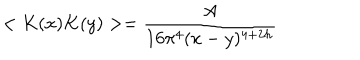
< K ( x ) K ( y ) > = \frac { A } { 1 6 \pi ^ { 4 } ( x - y ) ^ { 4 + 2 h } }